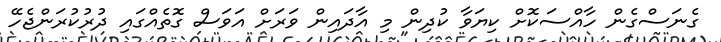
ގެނަސްގެން ހާއްސަކޮށް ކިޔަވާ ކުދިން މި އާދައިން ވަރަށް އަވަސް ގޮތެއްގައި ދުރުކުރަންޖެހޭ